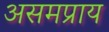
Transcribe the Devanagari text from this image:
असमप्राय